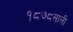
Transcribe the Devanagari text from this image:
१८७८साली